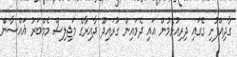
ގާދިއްފުށި ގޭގައި ދިރިއުޅެމުން އައި ދެމައިން ގުރައިދޫ ދާއިރާގެ މަޖިލިސް މެމްބަރު ޣައްސާން